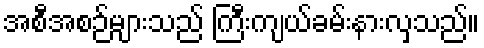
အစီအစဉ်များသည် ကြီးကျယ်ခမ်းနားလှသည်။